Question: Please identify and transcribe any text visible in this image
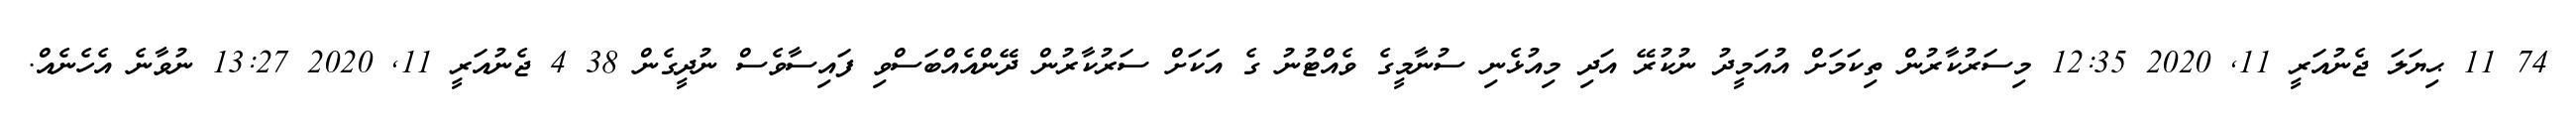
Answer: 74 11 ޙިޔަލަ ޖެނުއަރީ 11, 2020 12:35 މިސަރުކާރުން ތިކަމަށް އުއަމީދު ނުކުރޭ އަދި މިއުޅެނި ސުނާމީގެ ވެއްޓުނު ގެ އަކަށް ސަރުކާރުން ދޭންއެއްބަސްވި ފައިސާވެސް ނުދީގެން 38 4 ޖެނުއަރީ 11, 2020 13:27 ނުވާނެ އެހެނެއް.